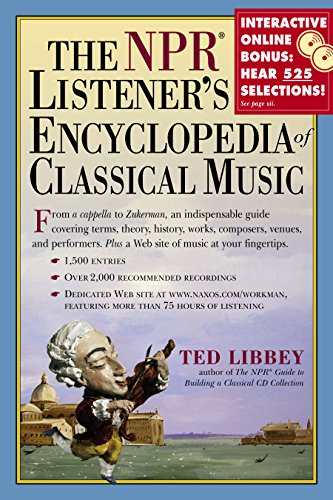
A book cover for The NPR Listener's Encyclopedia of Classical Music; Ted Libbey; Arts & Photography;